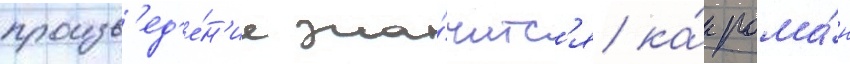
произв'ед'е́н'ие зна́читс'я ка́к рома́н